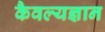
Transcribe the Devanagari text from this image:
कैवल्यज्ञान